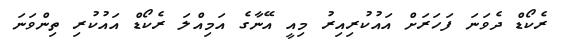
ރެކޯޑް ދެވަނަ ފަހަރަށް އައުކުރިއިރު މިއީ އޭނާގެ އަމިއްލަ ރެކޯޑް އައުކުރި ތިންވަނަ